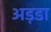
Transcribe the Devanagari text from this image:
अड़डा